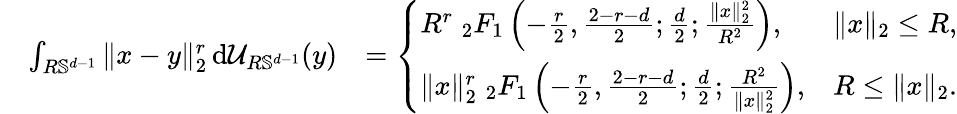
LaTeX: \begin{array}{rlr}&{\int_{R\mathbb S^{d-1}}\| x-y\| _{2}^{r}\, \mathrm{d}\mathcal U_{R\mathbb S^{d-1}}(y)}&{=\left\{ \begin{array}{ll}{R^{r}\; _{2}F_{1}\left(-\frac{r}{2},\frac{2-r-d}{2};\frac{d}{2};\frac{\| x\| _{2}^{2}}{R^{2}}\right),}&{\| x\| _{2}\le R,}\\ {\| x\| _{2}^{r}\; _{2}F_{1}\left(-\frac{r}{2},\frac{2-r-d}{2};\frac{d}{2};\frac{R^{2}}{\| x\| _{2}^{2}}\right),}&{R\le\| x\| _{2}.}\end{array}\right.}\end{array}